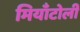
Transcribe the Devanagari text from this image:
मियाँटोली